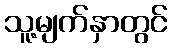
သူ့မျက်နှာတွင်